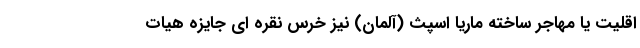
اقلیت یا مهاجر ساخته ماریا اسپث (آلمان) نیز خرس نقره ای جایزه هیات